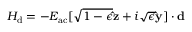
H _ { \mathrm { d } } = - E _ { \mathrm { a c } } [ \sqrt { 1 - \epsilon } \mathbf { \hat { z } } + i \sqrt { \epsilon } \mathbf { \hat { y } } ] \cdot \mathbf { d }